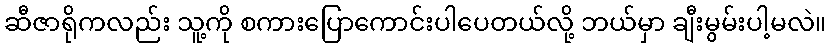
ဆီဇာရိုကလည်း သူ့ကို စကားပြောကောင်းပါပေတယ်လို့ ဘယ်မှာ ချီးမွမ်းပါ့မလဲ။